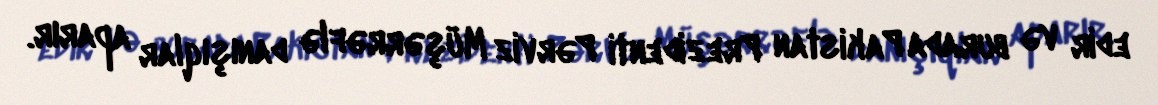
edir və burada Pakistan Prezidenti Pərviz Müşərrəflə danışıqlar aparır.